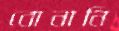
বোনানি